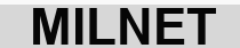
MILNET